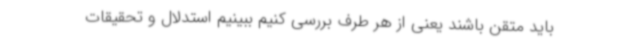
باید متقن باشند یعنی از هر طرف بررسی کنیم ببینیم استدلال و تحقیقات